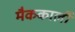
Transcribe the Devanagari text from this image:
मैककार्ली